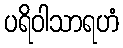
ပရိဝါသာရဟံ